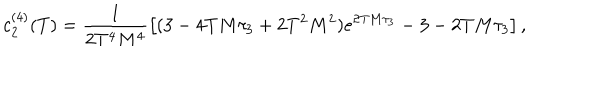
c _ { 2 } ^ { ( 4 ) } ( T ) = \frac { 1 } { 2 T ^ { 4 } M ^ { 4 } } \left[ ( 3 - 4 T M \tau _ { 3 } + 2 T ^ { 2 } M ^ { 2 } ) e ^ { 2 T M \tau _ { 3 } } - 3 - 2 T M \tau _ { 3 } \right] ,